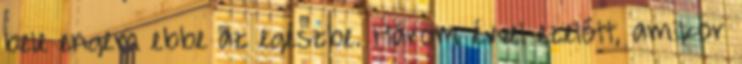
bele engem ebbe az egészbe. Három évvel ezelőtt, amikor